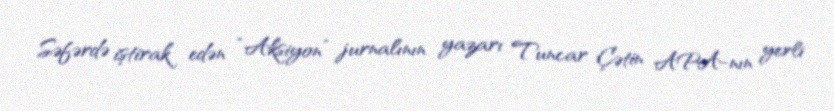
Səfərdə iştirak edən “Aksiyon” jurnalının yazarı Tuncar Çətin APA-nın yerli